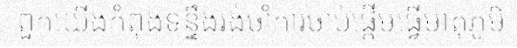
ពួកយើងកំពុងទន្ទឹងរង់ចាំការចាប់ផ្តើមធ្វើមាតុភូមិ